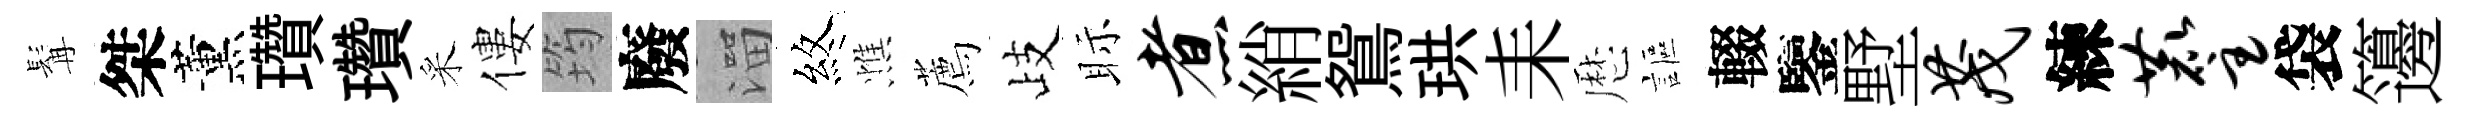
髯桀薰瓚瓚采僂筠廢溜煞憔薦歧眎煮綃鴛珙耒厯謳輟鑒墅茂練麈袋籩